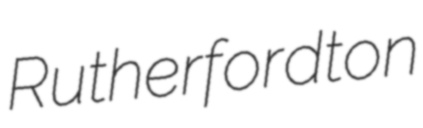
Rutherfordton